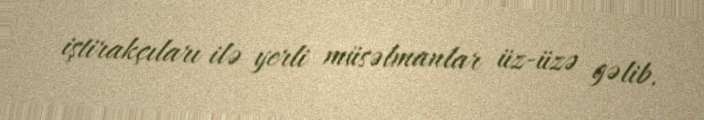
iştirakçıları ilə yerli müsəlmanlar üz-üzə gəlib.